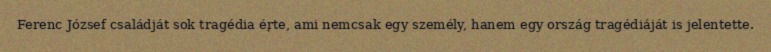
Ferenc József családját sok tragédia érte, ami nemcsak egy személy, hanem egy ország tragédiáját is jelentette.